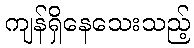
ကျန်ရှိနေသေးသည့်